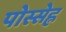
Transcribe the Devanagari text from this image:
पोस्सेह्ल